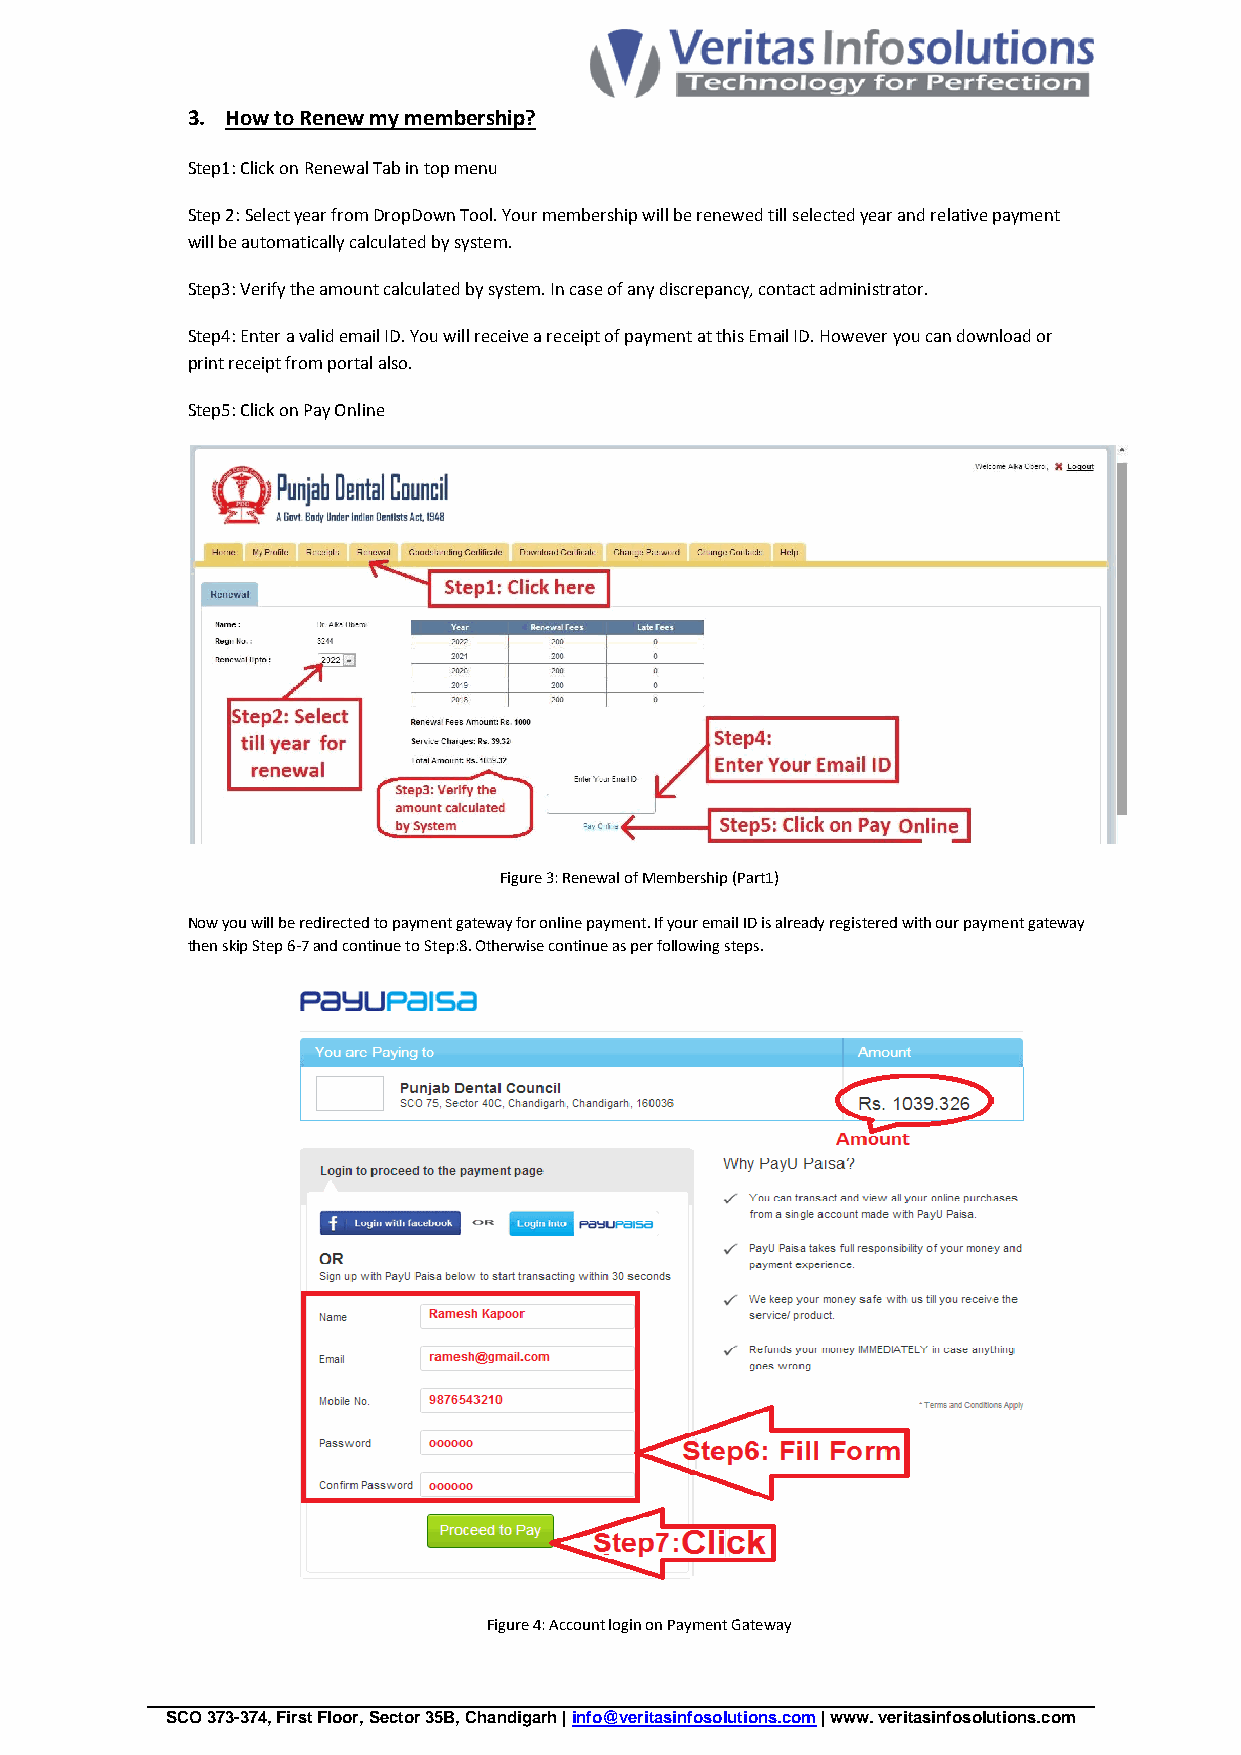
3. How to Renew my membership?
 Step1: Click on Renewal Tab in top menu
 Step 2: Select year from DropDown Tool. Your membership will be renewed till selected year and relative payment
 will be automatically calculated by system.
 Step3: Verify the amount calculated by system. In case of any discrepancy, contact administrator.
 Step4: Enter a valid email ID. You will receive a receipt of payment at this Email ID. However you can download or
 print receipt from portal also.
 Step5: Click on Pay Online
 Figure 3: Renewal of Membership (Part1)
 Now you will be redirected to payment gateway for online payment. If your email ID is already registered with our payment gateway
 then skip Step 6-7 and continue to Step:8. Otherwise continue as per following steps.
 Figure 4: Account login on Payment Gateway
 SCO 373-374, First Floor, Sector 35B, Chandigarh | info@veritasinfosolutions.com | www. veritasinfosolutions.com